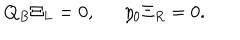
LaTeX: Q _ { B } \Xi _ { L } = 0 , \, \, \, \, \, \, \, \, \, \eta _ { 0 } \Xi _ { R } = 0 .